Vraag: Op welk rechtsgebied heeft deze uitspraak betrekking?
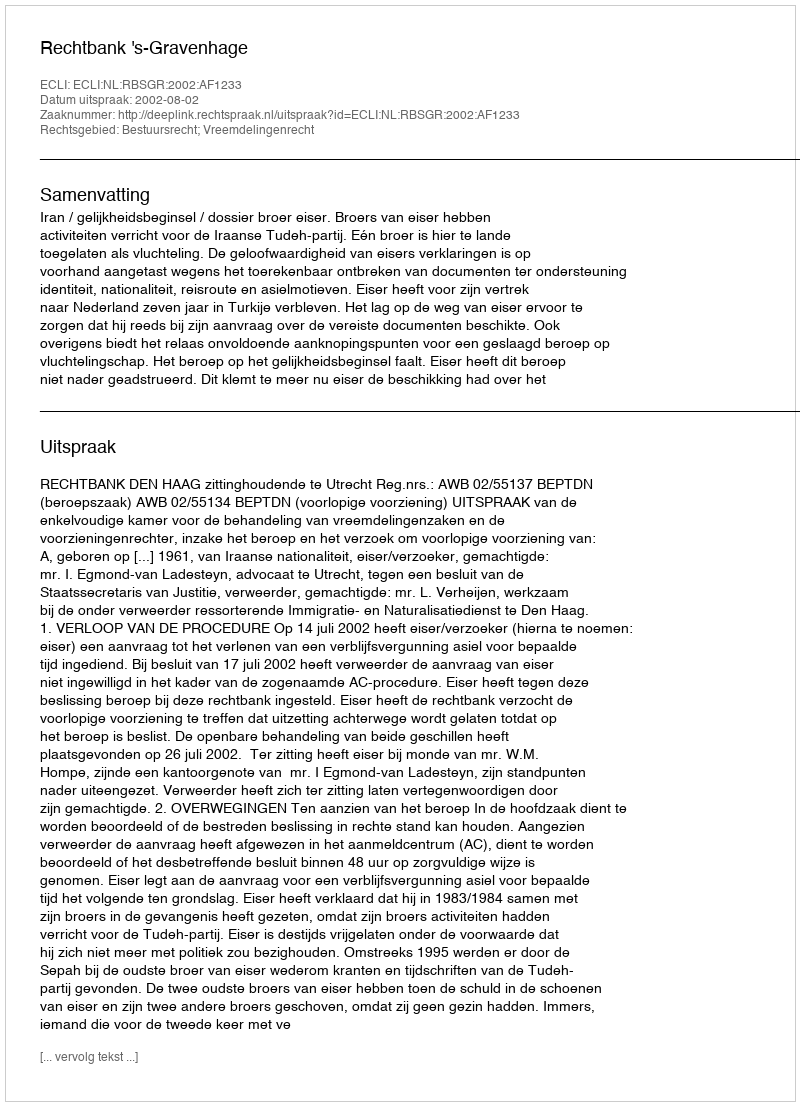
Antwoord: Bestuursrecht; Vreemdelingenrecht